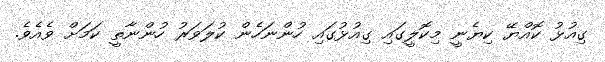
ގިއުޅު ކޮއްޔޭ ކިޔެނީ މިކޮލީގައި ގިއުޅުގައި ހުންނަހެން ކުލަވަރު ހުންނާތީ ކަމަށް ވެއެވެ.